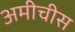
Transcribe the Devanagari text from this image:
अमीचीस